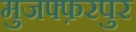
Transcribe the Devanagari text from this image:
मुजफ्फ़रपुर